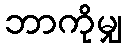
ဘာကိုမျှ